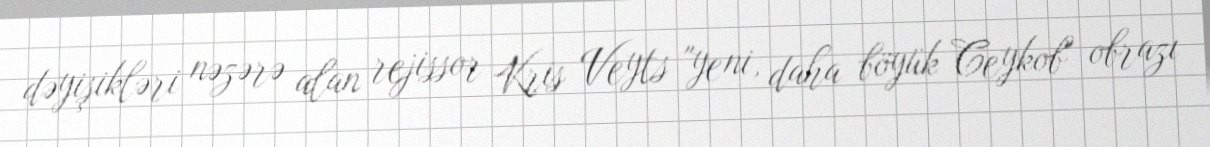
dəyişikləri nəzərə alan rejissor Kris Veyts "yeni, daha böyük Ceykob" obrazı